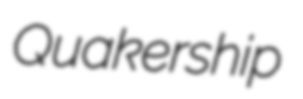
Quakership